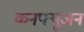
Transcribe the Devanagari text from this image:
कनफ्यूजन